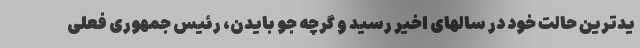
یدترین حالت خود در سالهای اخیر رسید و گرچه جو بایدن، رئيس جمهوری فعلی